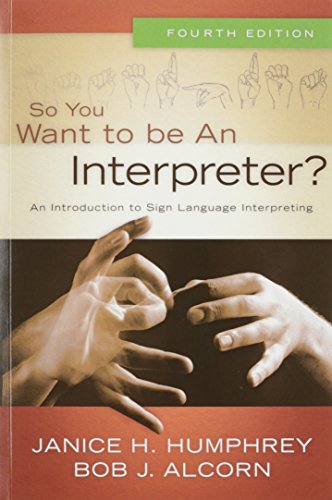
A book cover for So You Want to Be an Interpreter? An Introduction to Sign Language Interpreting; Janice H. Humphrey; Health, Fitness & Dieting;